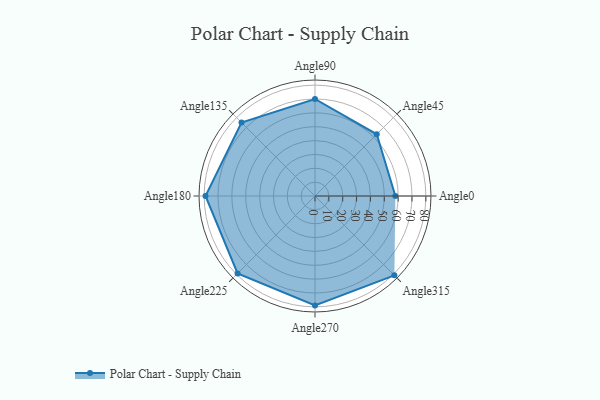
{"axis": {"x": "Angle", "y": "Radius"}, "legend": [""], "data": [{"x": "Angle0", "y": 58.0, "type": ""}, {"x": "Angle45", "y": 63.0, "type": ""}, {"x": "Angle90", "y": 70.0, "type": ""}, {"x": "Angle135", "y": 75.0, "type": ""}, {"x": "Angle180", "y": 79.0, "type": ""}, {"x": "Angle225", "y": 79.0, "type": ""}, {"x": "Angle270", "y": 79.0, "type": ""}, {"x": "Angle315", "y": 81.0, "type": ""}]}